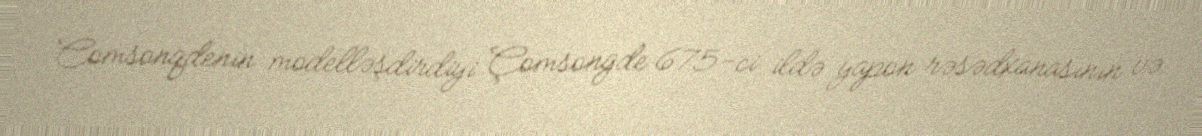
Comsonqdenin modelləşdirdiyi Çomsongde 675-ci ildə yapon rəsədxanasının və